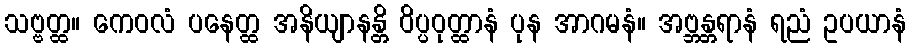
သဗ္ဗတ္ထ။ ကေဝလံ ပနေတ္ထ အနိယျာနန္တိ ဝိပ္ပဝုတ္ထာနံ ပုန အာဂမနံ။ အဗ္ဘန္တရာနံ ရညံ ဥပယာနံ